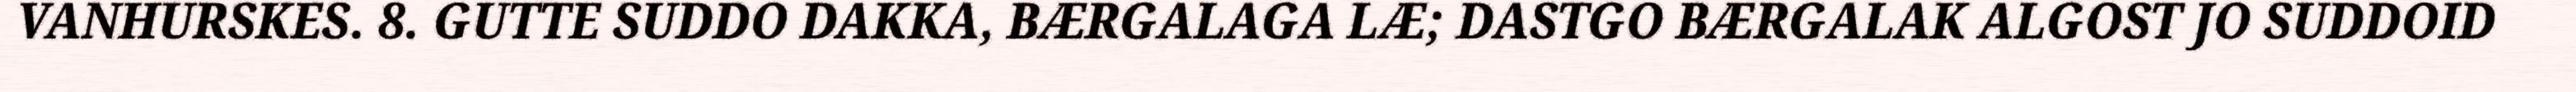
VANHURSKES. 8. GUTTE SUDDO DAKKA, BÆRGALAGA LÆ; DASTGO BÆRGALAK ALGOST JO SUDDOID